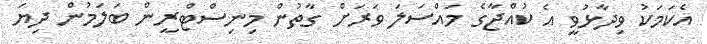
އެކަމަކު ވިދާޅުވީ އެ ކުއްޖާގެ މައްސަލަ ވަރަށް ގާތުން މިނިސްޓްރީން ބަލަމުން ދިޔަ